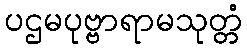
ပဌမပုဗ္ဗာရာမသုတ္တံ